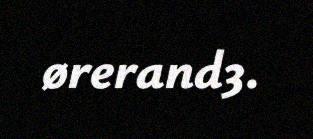
ørerand3.